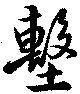
墼